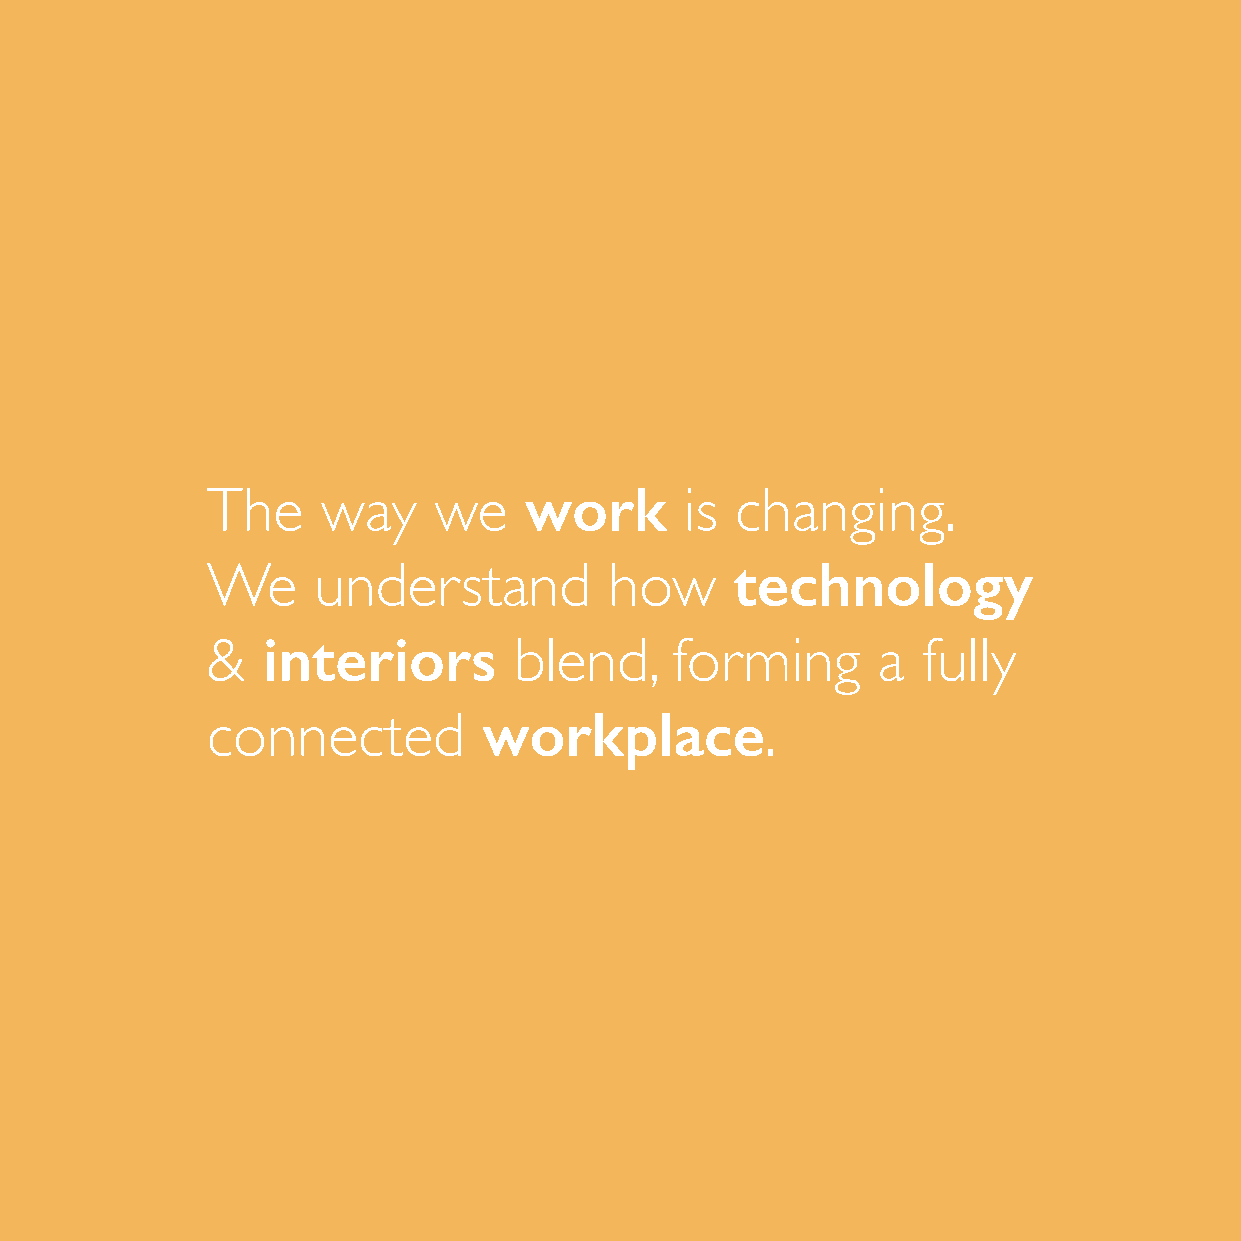
work
 The    way     we              is  changing.
 technology
 We     understand         how
 interiors
 &                   blend,    forming       a  fully
 workplace
 connected                            .
 2